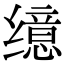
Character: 𫄷